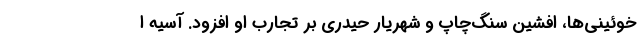
خوئینی‌ها، افشین سنگ‌چاپ و شهریار حیدری بر تجارب او افزود. آسیه ا